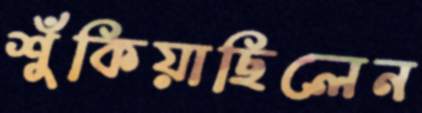
শুঁকিয়াছিলেন